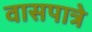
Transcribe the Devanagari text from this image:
वासपात्रे